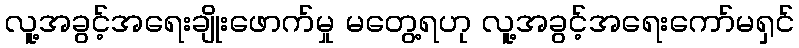
လူ့အခွင့်အရေးချိုးဖောက်မှု မတွေ့ရဟု လူ့အခွင့်အရေးကော်မရှင်